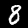
Digit: 8